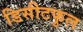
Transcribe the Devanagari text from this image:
डिसीटफुल